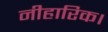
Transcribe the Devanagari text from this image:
नीहारिक।